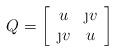
LaTeX: \begin{align*} Q = \left[\begin{array}{cc} u & \j v \\ \j v & u \end{array}\right]\end{align*}